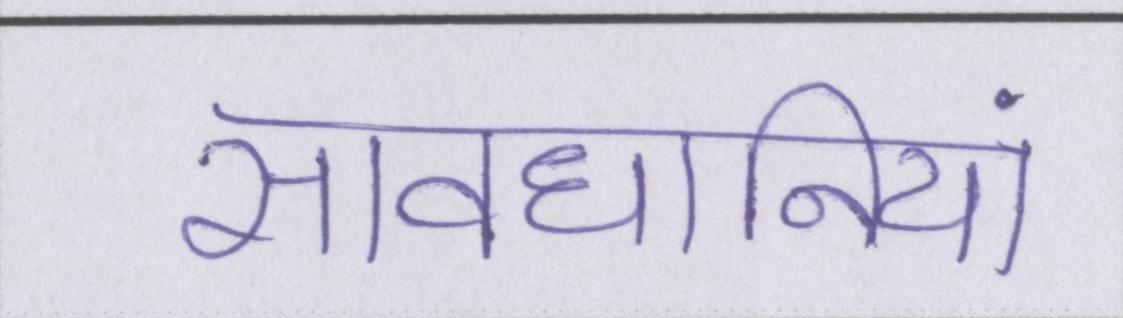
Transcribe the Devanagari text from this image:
सावधानियां